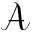
\mathcal { A }